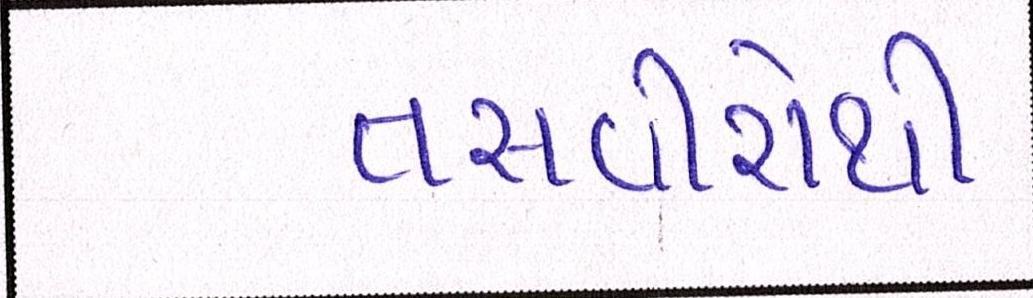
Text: તસવીરોથી